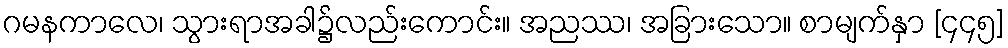
ဂမနကာလေ၊ သွားရာအခါ၌လည်းကောင်း။ အညဿ၊ အခြားသော။ စာမျက်နှာ [၄၄၅]